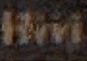
Hivi